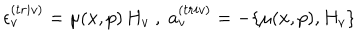
\epsilon _ { v } ^ { ( t r i v ) } = \mu ( x , p ) \, H _ { v } \; , \; a _ { v } ^ { ( t r i v ) } = - \{ \mu ( x , p ) , H _ { v } \}